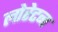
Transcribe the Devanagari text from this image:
लोरेटन